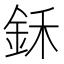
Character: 鉌